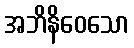
အဘိနိဝေသော